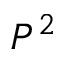
P ^ { 2 }